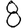
Digit: 8